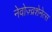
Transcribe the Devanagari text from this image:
नेवोज़्व्रशेनेत्स